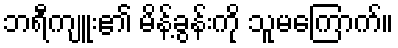
ဘရီကျူး၏ မိန့်ခွန်းကို သူမကြောက်။